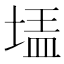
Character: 𰊃